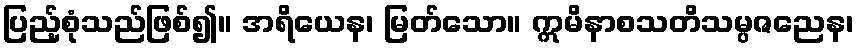
ပြည့်စုံသည်ဖြစ်၍။ အရိယေန၊ မြတ်သော။ ဣမိနာစသတိသမ္ပဇညေန၊